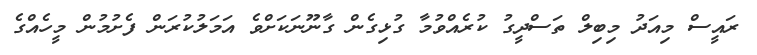
ރައީސް މިއަދު މިބިލް ތަސްދީގު ކުރެއްވުމާ ގުޅިގެން ގާނޫނަކަށްވެ އަމަލުކުރަން ފެށުމުން މީހެއްގެ